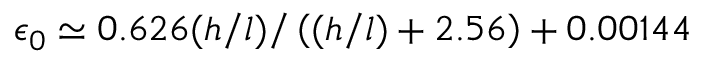
\epsilon _ { 0 } \simeq 0 . 6 2 6 ( h / l ) / \left( ( h / l ) + 2 . 5 6 \right) + 0 . 0 0 1 4 4